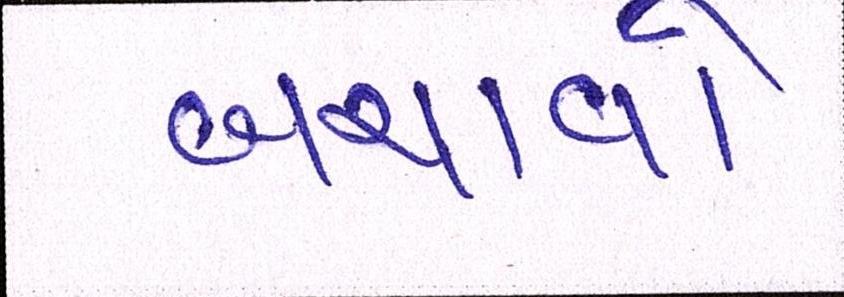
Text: બચાવો